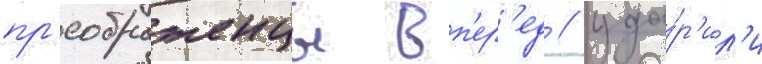
пр'еображенцы вп'ер'ед / уда́р'ил'и